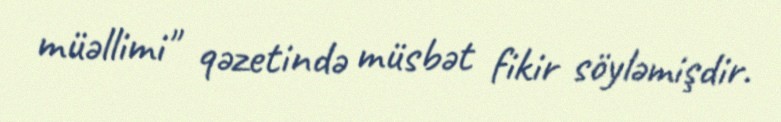
müəllimi" qəzetində müsbət fikir söyləmişdir.